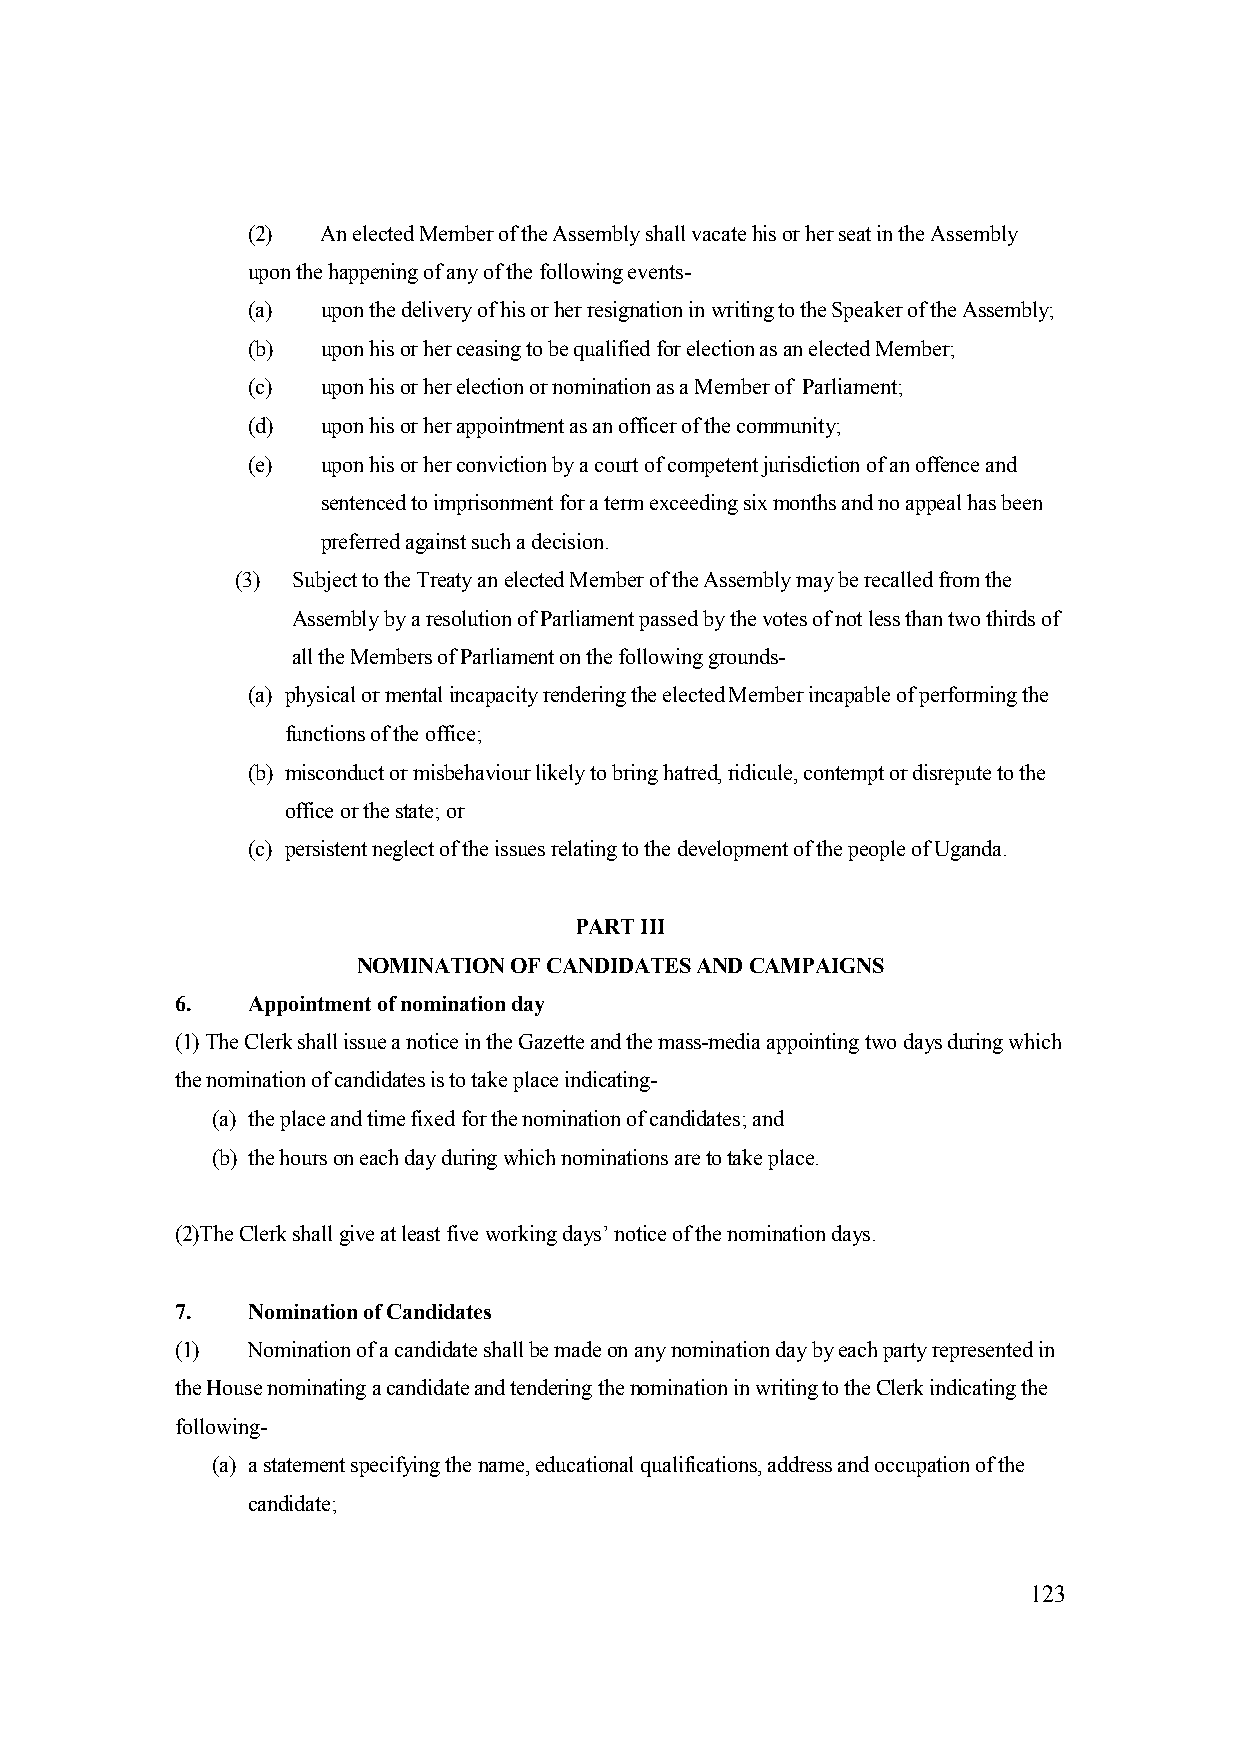
(2)  An elected Member of the Assembly shall vacate his or her seat in the Assembly
 upon the happening of any of the following events-
 (a)  upon the delivery of his or her resignation in writing to the Speaker of the Assembly;
 (b)  upon his or her ceasing to be qualified for election as an elected Member;
 (c)  upon his or her election or nomination as a Member of Parliament;
 (d)  upon his or her appointment as an officer of the community;
 (e)  upon his or her conviction by a court of competent jurisdiction of an offence and
 sentenced to imprisonment for a term exceeding six months and no appeal has been
 preferred against such a decision.
 (3) Subject to the Treaty an elected Member of the Assembly may be recalled from the
 Assembly by a resolution of Parliament passed by the votes of not less than two thirds of
 all the Members of Parliament on the following grounds-
 (a) physical or mental incapacity rendering the elected Member incapable of performing the
 functions of the office;
 (b) misconduct or misbehaviour likely to bring hatred, ridicule, contempt or disrepute to the
 office or the state; or
 (c) persistent neglect of the issues relating to the development of the people of Uganda.
 PART III
 NOMINATION OF CANDIDATES AND CAMPAIGNS
 6.  Appointment of nomination day
 (1) The Clerk shall issue a notice in the Gazette and the mass-media appointing two days during which
 the nomination of candidates is to take place indicating-
 (a) the place and time fixed for the nomination of candidates; and
 (b) the hours on each day during which nominations are to take place.
 (2)The Clerk shall give at least five working days’ notice of the nomination days.
 7.  Nomination of Candidates
 (1) Nomination of a candidate shall be made on any nomination day by each party represented in
 the House nominating a candidate and tendering the nomination in writing to the Clerk indicating the
 following-
 (a) a statement specifying the name, educational qualifications, address and occupation of the
 candidate;
 123